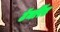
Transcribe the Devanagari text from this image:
टॅमरिंड